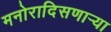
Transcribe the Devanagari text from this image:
मनोरादिसणार्‍या